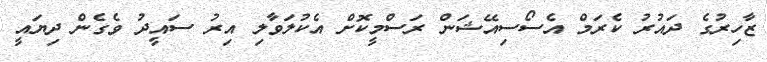
ޒާހިރުގެ ދައުރު ކެރަމް އެސޯސިއޭޝަން ރަސްމީކޮށް އެކުލަވާލި އިރު ސައީދު ވެގެން ދިޔައީ